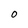
Character: 0